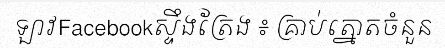
ឡាវFacebookស្ទឹងត្រែង ៖ គ្រាប់ត្នោតចំនួន